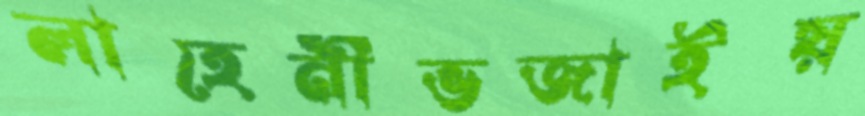
লাহেনীভজাইয়